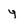
Character: y